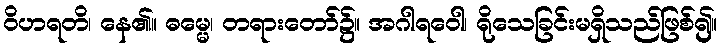
ဝိဟရတိ၊ နေ၏။ ဓမ္မေ၊ တရားတော်၌။ အဂါရဝေါ၊ ရိုသေခြင်းမရှိသည်ဖြစ်၍။